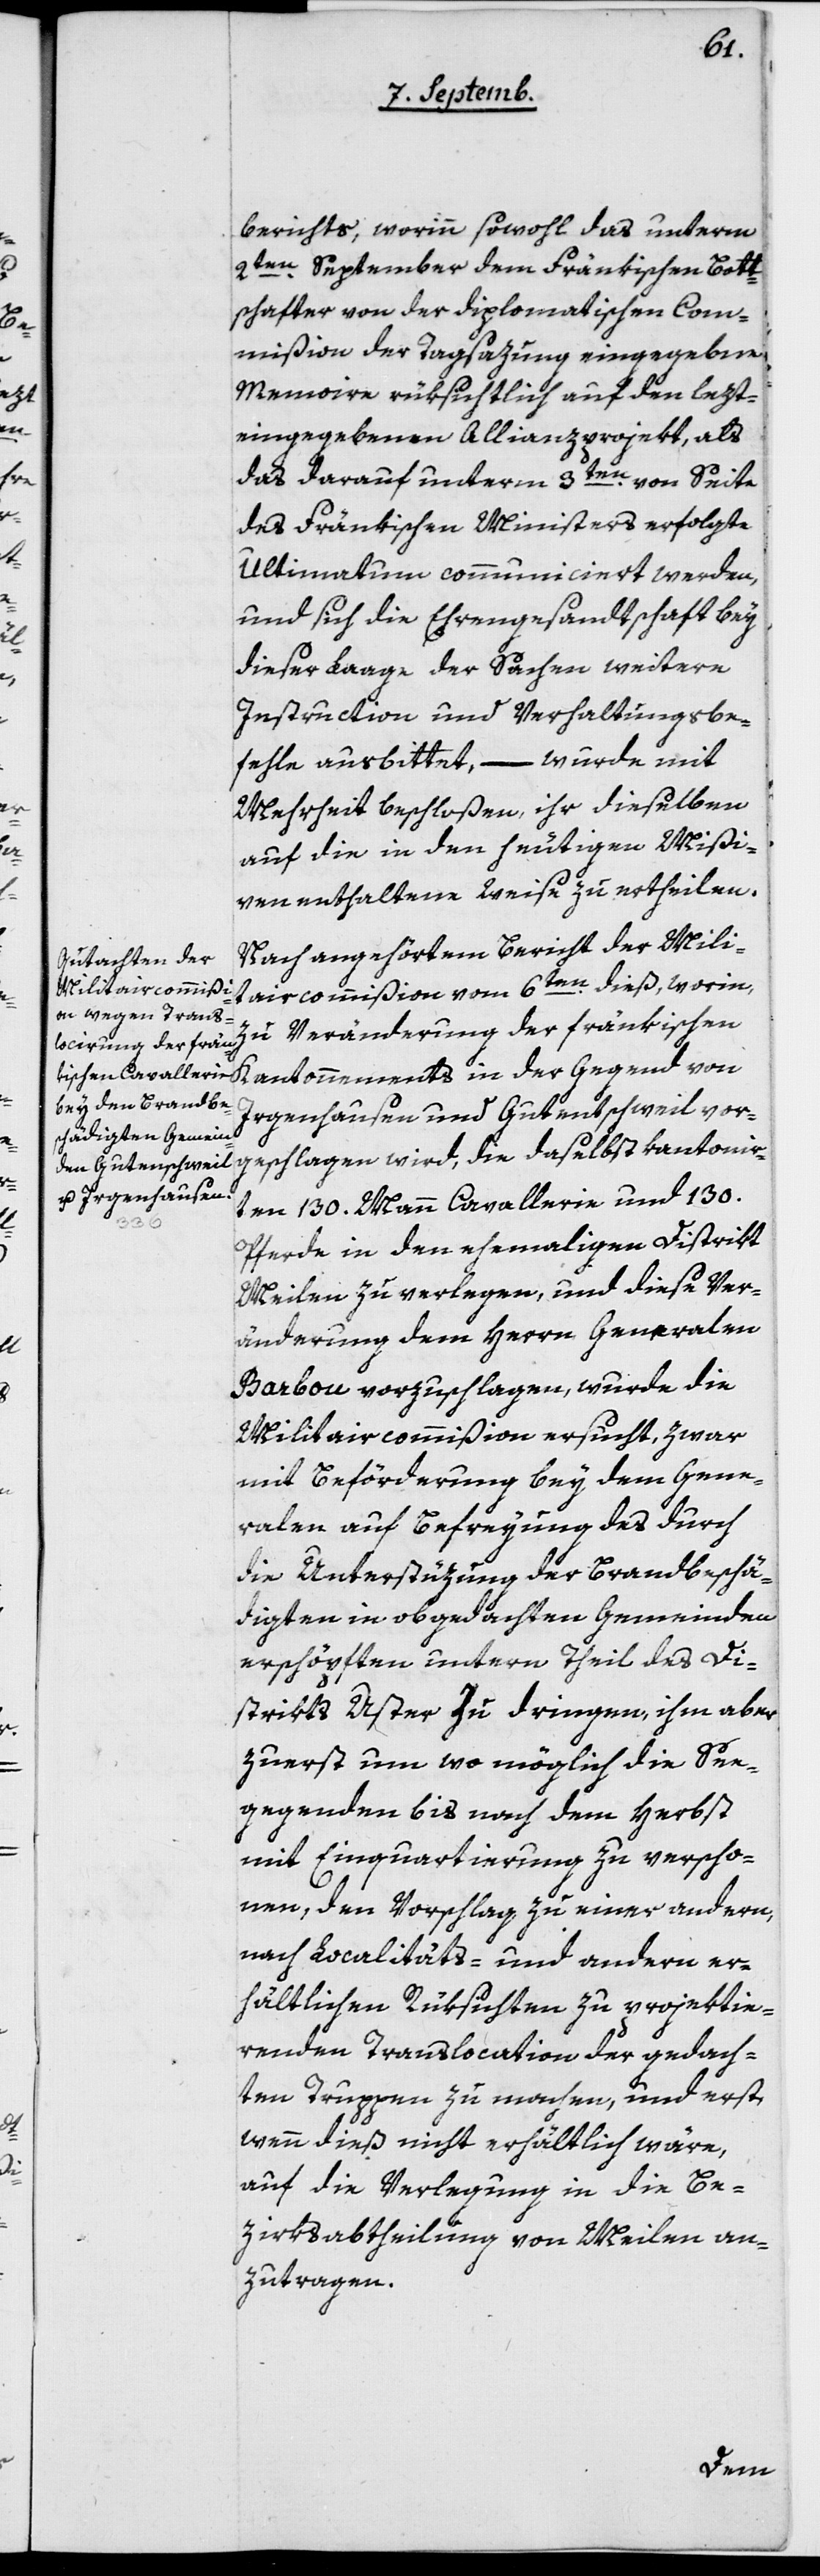
richts, worinn sowohl das unterm
2ten September dem Fränkischen Bot¬
schafter von der diplomatischen Com¬
mißion der Tagsazung eingegebene
Memoire rüksichtlich auf den lezt¬
eingegebenen Allianzprojekt, als
das darauf unterm 3ten von Seite
des Fränkischen Ministers erfolgte
Ultimatum communiciert werden,
und sich die Ehrengesandtschaft bey
dieser Lage der Sachen weitere
Instruction und Verhaltungsbe¬
fehle ausbittet, – wurde mit
Mehrheit beschloßen, ihr dieselben
auf die in den heutigen Mißi¬
ven enthaltene Weise zu ertheilen.
Nach angehörtem Bericht der Mili¬
taircommißion vom 6ten dieß, worin,
zu Veränderung der ränkischen
Kantonnements in der Gegend von
Irgenhausen und Gutenschweil vor¬
geschlagen wird, die daselbst kantonnier¬
ten 130 Mann Cavallerie und 130
Pferde in den ehemaligen Distrikt
Meilen zu verlegen, und diese Ver¬
änderung dem Herrn Generalen
Barbou vorzuschlagen, wurde die
Militaircommißion ersucht, zwar
mit Beförderung bey dem Gene¬
ralen auf Befreyung des durch
die Unterstüzung der Brandbeschä¬
digten in obgedachten Gemeinden
erschöpften untern Theil des Di¬
strikts Uster zu dringen, ihm aber
zuerst um wo möglich die See¬
gegenden bis nach dem Herbst
mit Einquartierung zu verscho¬
nen, den Vorschlag zu einer andern,
nach Localitäts- und andern er¬
hältlichen Rüksichten zu projektie¬
renden Translocation der gedach¬
ten Truppen zu machen, und erst,
wenn dieß nicht erhältlich wäre,
auf die Verlegung in die Be¬
zirksabtheilung von Meilen an¬
zutragen.